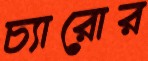
চ্যারোর